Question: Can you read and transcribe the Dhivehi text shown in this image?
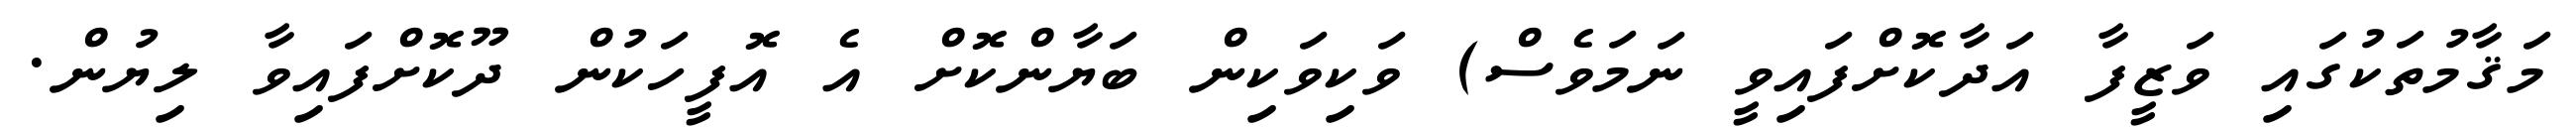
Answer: މަޤާމުތަކުގައި ވަޒީފާ އަދާކޮށްފައިވީ ނަމަވެސް) ވަކިވަކިން ބަޔާންކޮށް އެ އޮފީހަކުން ދޫކޮށްފައިވާ ލިޔުން.